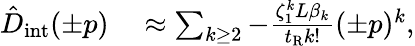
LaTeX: \begin{array}{rl}{\hat{D}_{\mathrm{int}}(\pm p)}&{{}\approx\sum_{k\geq 2}-\frac{\zeta_{1}^{k}L\beta_{k}}{t_{\mathrm{R}}k!}(\pm p)^{k},}\end{array}